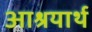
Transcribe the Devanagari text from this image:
आश्रयार्थ